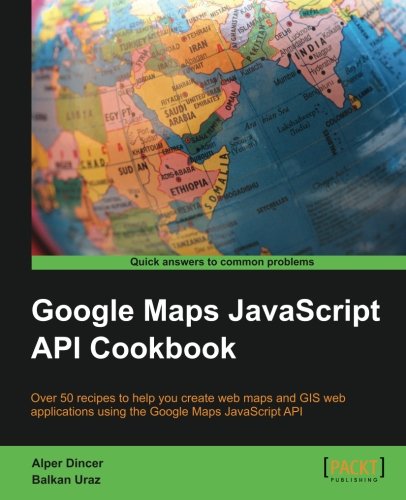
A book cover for Google Maps JavaScript API Cookbook; Alper Dincer; Computers & Technology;